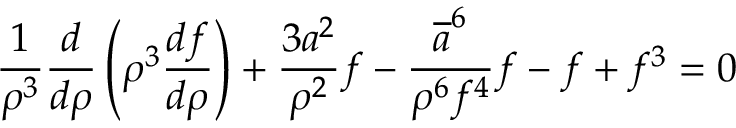
\frac { 1 } { \rho ^ { 3 } } \frac { d } { d \rho } \left( \rho ^ { 3 } \frac { d f } { d \rho } \right) + \frac { 3 a ^ { 2 } } { \rho ^ { 2 } } f - \frac { \overline { { { a } } } ^ { 6 } } { \rho ^ { 6 } f ^ { 4 } } f - f + f ^ { 3 } = 0